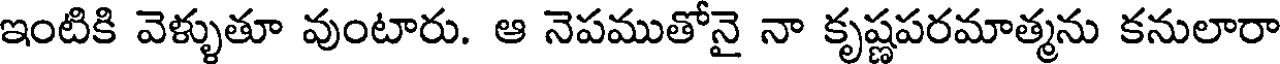
ఇంటికి వెళ్ళుతూ వుంటారు. ఆ నెపముతోనై నా కృష్ణపరమాత్మను కనులారా